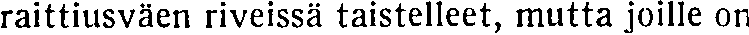
raittiusväen riveissä taistelleet, mutta joille on